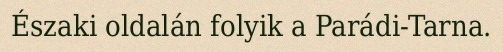
Északi oldalán folyik a Parádi-Tarna.